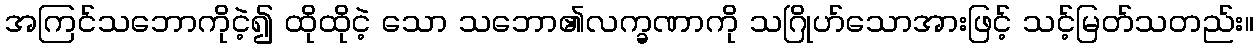
အကြင်သဘောကိုငဲ့၍ ထိုထိုငဲ့ သော သဘော၏လက္ခဏာကို သဂြိုဟ်သောအားဖြင့် သင့်မြတ်သတည်း။